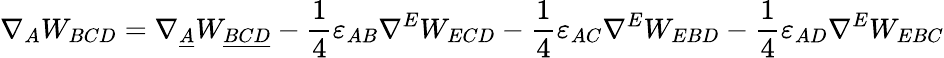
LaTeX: \nabla_{A}W_{BCD}=\nabla_{\underline{{{A}}}}W_{\underline{{{BCD}}}}-\frac{1}{4}\varepsilon_{AB}\nabla^{E}W_{ECD}-\frac{1}{4}\varepsilon_{AC}\nabla^{E}W_{EBD}-\frac{1}{4}\varepsilon_{AD}\nabla^{E}W_{EBC}